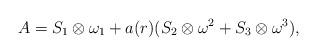
LaTeX: \begin{align*}A= {S}_1 \otimes \omega_1 + a(r) ({S}_2 \otimes \omega^2 + {S}_3 \otimes \omega^3 ),\end{align*}